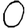
Digit: 0